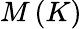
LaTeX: M\left(K\right)